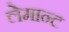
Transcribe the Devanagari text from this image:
लेमान्ट